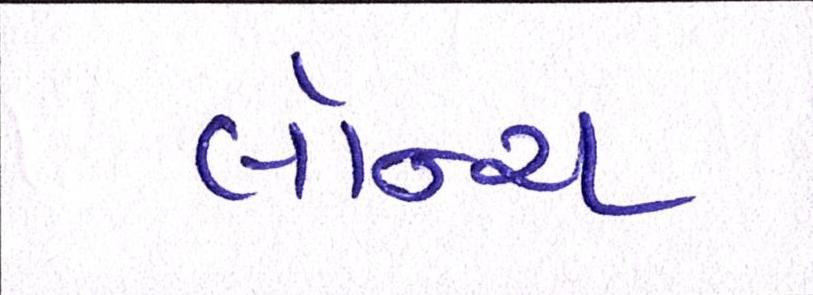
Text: લૉન્ચ